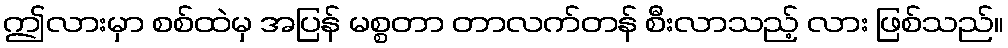
ဤလားမှာ စစ်ထဲမှ အပြန် မစ္စတာ တာလက်တန် စီးလာသည့် လား ဖြစ်သည်။